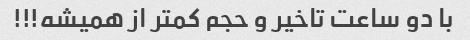
با دو ساعت تاخیر و حجم کمتر از همیشه!!!